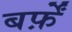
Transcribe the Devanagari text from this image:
बर्फ़ें